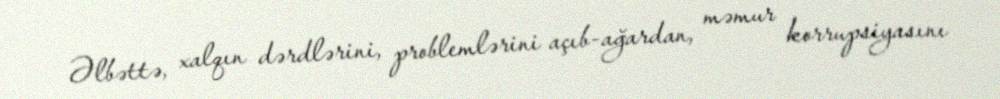
Əlbəttə, xalqın dərdlərini, problemlərini açıb-ağardan, məmur korrupsiyasını